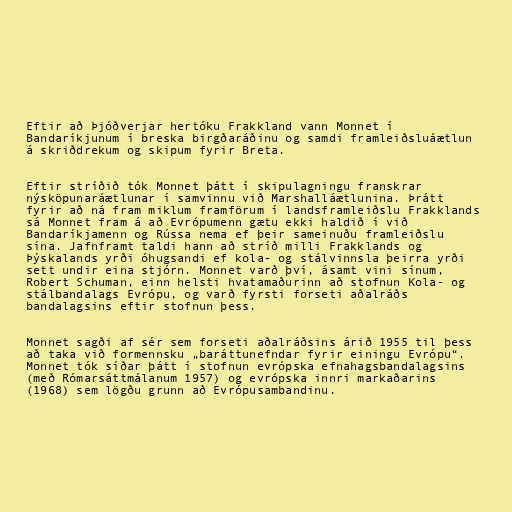
Eftir að Þjóðverjar hertóku Frakkland vann Monnet í
Bandaríkjunum í breska birgðaráðinu og samdi framleiðsluáætlun
á skriðdrekum og skipum fyrir Breta.

Eftir stríðið tók Monnet þátt í skipulagningu franskrar
nýsköpunaráætlunar í samvinnu við Marshalláætlunina. Þrátt
fyrir að ná fram miklum framförum í landsframleiðslu Frakklands
sá Monnet fram á að Evrópumenn gætu ekki haldið í við
Bandaríkjamenn og Rússa nema ef þeir sameinuðu framleiðslu
sína. Jafnframt taldi hann að stríð milli Frakklands og
Þýskalands yrði óhugsandi ef kola- og stálvinnsla þeirra yrði
sett undir eina stjórn. Monnet varð því, ásamt vini sínum,
Robert Schuman, einn helsti hvatamaðurinn að stofnun Kola- og
stálbandalags Evrópu, og varð fyrsti forseti aðalráðs
bandalagsins eftir stofnun þess.

Monnet sagði af sér sem forseti aðalráðsins árið 1955 til þess
að taka við formennsku „baráttunefndar fyrir einingu Evrópu“.
Monnet tók síðar þátt í stofnun evrópska efnahagsbandalagsins
(með Rómarsáttmálanum 1957) og evrópska innri markaðarins
(1968) sem lögðu grunn að Evrópusambandinu.